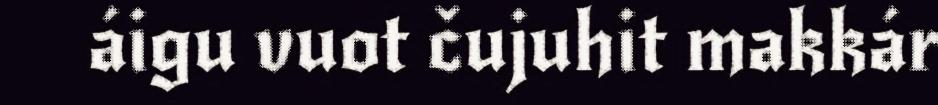
áigu vuot čujuhit makkár